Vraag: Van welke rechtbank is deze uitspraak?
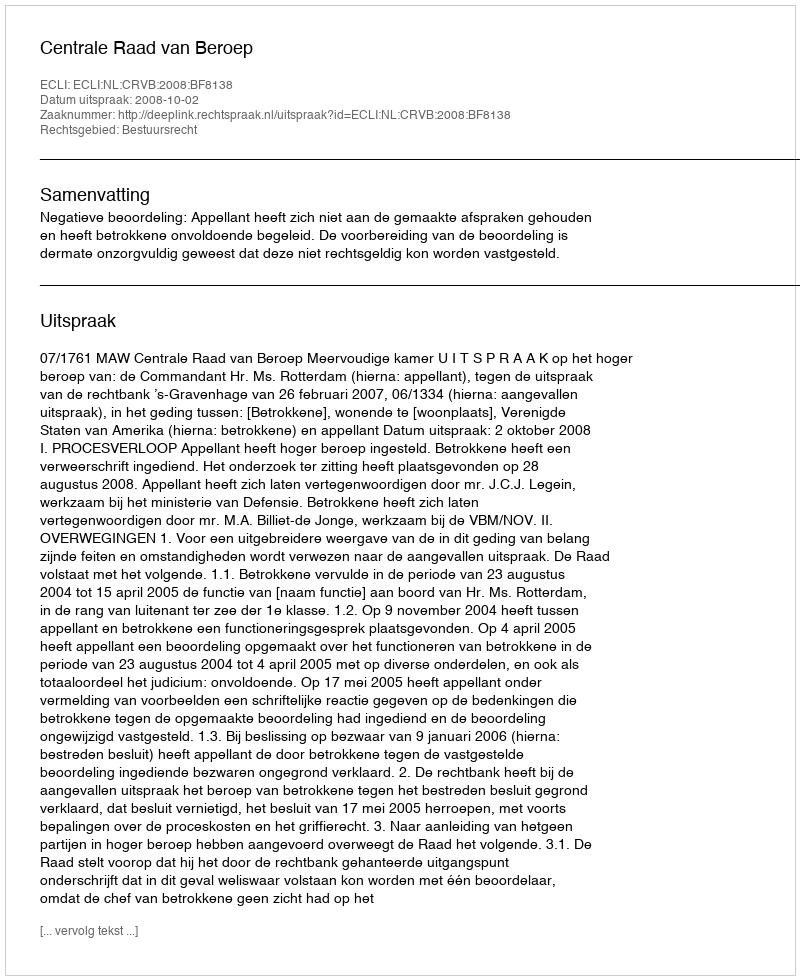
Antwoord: Centrale Raad van Beroep